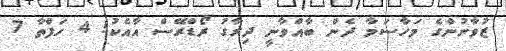
ޒުވާނުންގެ މަހާސަމާ ދެން ބާއްވާނީ ދިރާގު ރޯޑްރޭސް އާއެކު! 4 ހަފްތާ 7